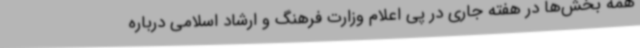
همه بخش‌ها در هفته جاری در پی اعلام وزارت فرهنگ و ارشاد اسلامی درباره